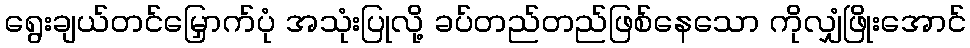
ရွေးချယ်တင်မြှောက်ပုံ အသုံးပြုလို့ ခပ်တည်တည်ဖြစ်နေသော ကိုလျှံဖြိုးအောင်